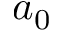
a _ { 0 }